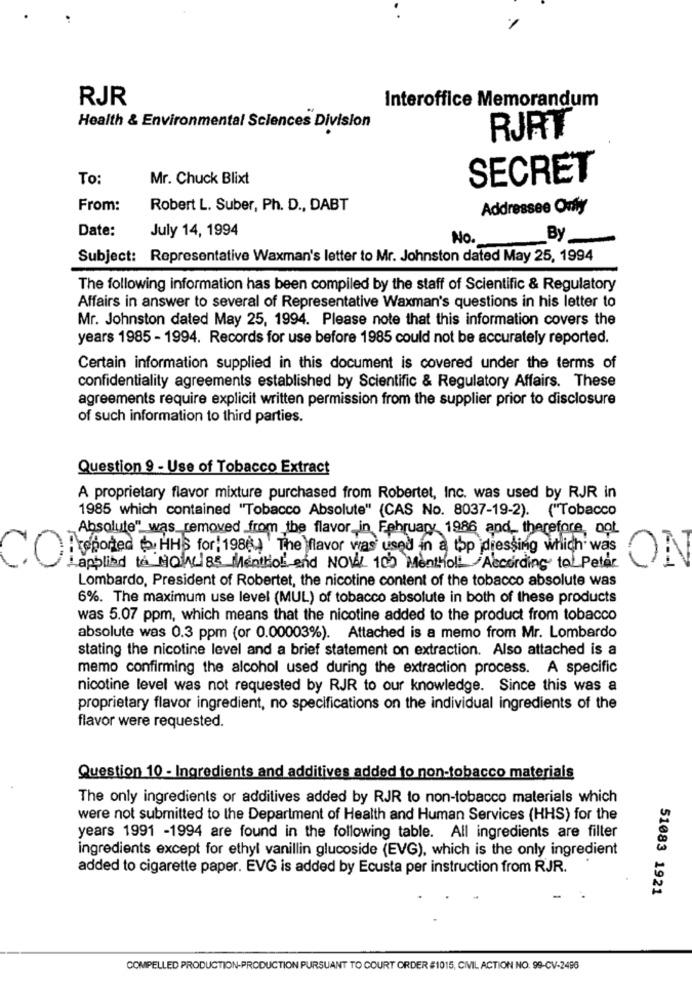
RJR
Interoffice Memorandum
Health & Environmental Sciences Division
RJRT
To:
Mr. Chuck Blixt
SECRET
From:
Robert L. Suber, Ph. D ., DABT
Addressee Only
Date:
July 14, 1994
No.
By
Subject: Representative Waxman's letter to Mr. Johnston dated May 25, 1994
The following information has been compiled by the staff of Scientific & Regulatory
Affairs in answer to several of Representative Waxman's questions in his letter to
Mr. Johnston dated May 25, 1994. Please note that this information covers the
years 1985 - 1994. Records for use before 1985 could not be accurately reported.
Certain information supplied in this document is covered under the terms of
confidentiality agreements established by Scientific & Regulatory Affairs. These
agreements require explicit written permission from the supplier prior to disclosure
of such information to third parties.
Question 9 - Use of Tobacco Extract
A proprietary flavor mixture purchased from Robertet, Inc. was used by RJR in
1985 which contained "Tobacco Absolute" (CAS No. 8037-19-2). ("Tobacco
Absolute" was removed from the flavor, in February 1986 and, therefore, oot
:reported (. HHS for: 1986) ' The flavor was used in a top dressing which was
CO
applied to HOW 85 Menthol and NOW 105 Monthol! According to. Peter
ON
Lombardo, President of Robertet, the nicotine content of the tobacco absolute was
6%. The maximum use level (MUL) of tobacco absolute in both of these products
was 5.07 ppm, which means that the nicotine added to the product from tobacco
absolute was 0.3 ppm (or 0.00003%). Attached is a memo from Mr. Lombardo
stating the nicotine level and a brief statement on extraction. Also attached is a
memo confirming the alcohol used during the extraction process. A specific
nicotine level was not requested by RJR to our knowledge. Since this was a
proprietary flavor ingredient, no specifications on the individual ingredients of the
flavor were requested.
Question 10 - Ingredients and additives added to non-tobacco materials
The only ingredients or additives added by RJR to non-tobacco materials which
were not submitted to the Department of Health and Human Services (HHS) for the
years 1991 -1994 are found in the following table. All ingredients are filter
ingredients except for ethyl vanillin glucoside (EVG), which is the only ingredient
added to cigarette paper. EVG is added by Ecusta per instruction from RJR.
51083 1921
COMPELLED PRODUCTION-PRODUCTION PURSUANT TO COURT ORDER #1015, CIVIL ACTION NO. 99-CV-2496